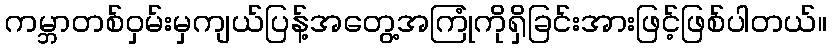
ကမ္ဘာတစ်ဝှမ်းမှကျယ်ပြန့်အတွေ့အကြုံကိုရှိခြင်းအားဖြင့်ဖြစ်ပါတယ်။